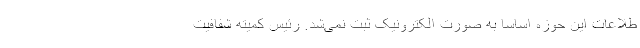
طلاعات این حوزه اساسا به صورت الکترونیک ثبت نمی‌شد. رئیس کمیته شفافیت